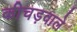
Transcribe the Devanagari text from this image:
कीचड़वाले